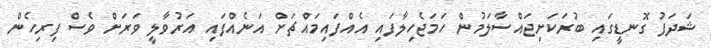
ޝަދަފު ގޮނޑީގައި ބުރަކަށިޖައްސާލަމުން ހަމަޖެހިލާފައި އެއްފައިމައްޗަށް އަނެއްފައި އަރުވާލީ ވަރަށް ވެސް ފިރިހެން